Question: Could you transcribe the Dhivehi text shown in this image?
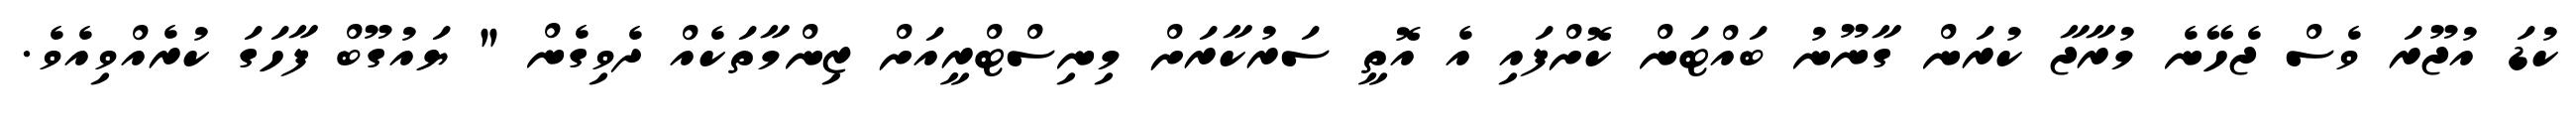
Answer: ކުޑަ އުޖޫރަ ވެސް ޖެހޭނެ މުރާޖާ ކުރަން ގާނޫނު ބައްޓަން ކޮށްފައި އެ އޮތީ ސަރުކާރަށް މިނިސްޓްރީއަށް ޒިންމާތަކެއް ދެވިގެން " ޔައުގޫބް ފާހަގަ ކުރެއްވިއެވެ.